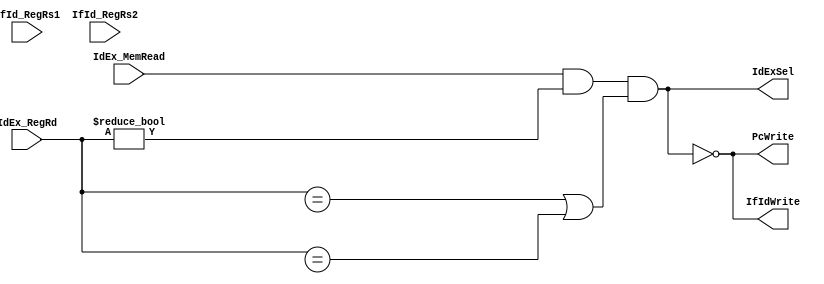
module hazardDetectionUnit(
    input       IdEx_MemRead    ,
    input [4:0] IdEx_RegRd ,
    input [4:0] IfId_RegRs1,
    input [4:0] IfId_RegRs2,
    output      PcWrite        ,
    output      IfIdWrite      ,
    output      IdExSel        //1: insert nop
);

    assign stall = IdEx_MemRead
                    && (IdEx_RegRd !=0)
                    && ((IdEx_RegRd == IdEx_RegRs1) || (IdEx_RegRd == IdEx_RegRs2));

    assign PcWrite   = !stall;
    assign IfIdWrite = !stall;
    assign IdExSel   = stall;
    
endmodule